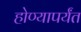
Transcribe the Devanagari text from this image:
होण्यापर्यंत